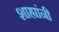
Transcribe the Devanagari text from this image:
शाह्यांनी